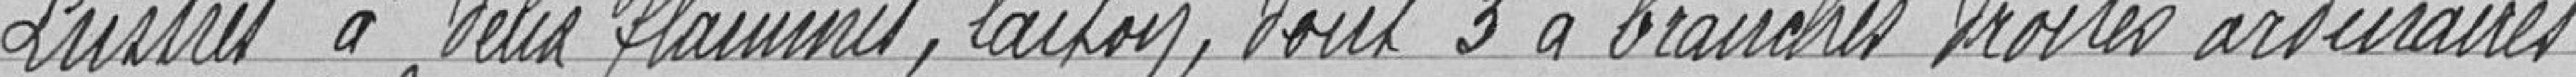
Lustres à deux flammes, laiton, dont 3 à branches droites ordinaires